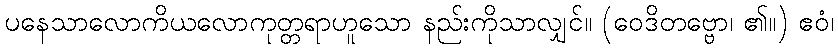
ပနေသာလောကိယလောကုတ္တရာဟူသော နည်းကိုသာလျှင်။ (ဝေဒိတဗ္ဗော၊ ၏။) ဧဝံ၊